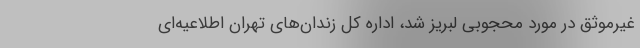
غیرموثق در مورد محجوبی لبریز شد، اداره کل زندان‌های تهران اطلاعیه‌ای